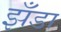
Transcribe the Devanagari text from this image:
झँडा